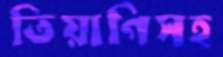
তিয়াগিসহ